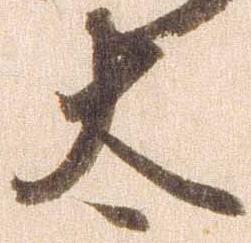
太